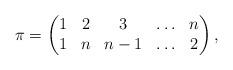
LaTeX: \begin{gather*}\pi= \begin{pmatrix} 1& 2& 3& \ldots& n \\1& n& {n-1}& \ldots& 2 \end{pmatrix},\end{gather*}